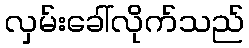
လှမ်းခေါ်လိုက်သည်